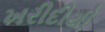
ખરીદીથી